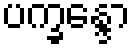
ပက္ခန္ဒော